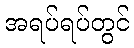
အရပ်ရပ်တွင်